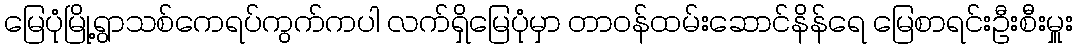
မြေပုံမြို့ရွာသစ်ကေရပ်ကွက်ကပါ လက်ရှိမြေပုံမှာ တာဝန်ထမ်းဆောင်နိန်ရေ မြေစာရင်းဦးစီးမှူး